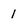
Character: 1